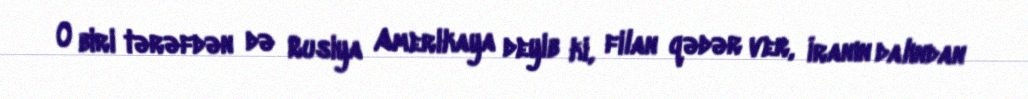
O biri tərəfdən də Rusiya Amerikaya deyib ki, filan qədər ver, İranın dalından